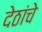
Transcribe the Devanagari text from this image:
देठांचे